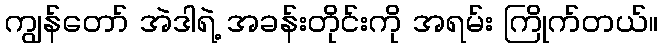
ကျွန်တော် အဲဒါရဲ့ အခန်းတိုင်းကို အရမ်း ကြိုက်တယ်။